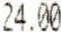
24.00